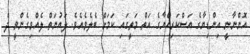
އޮންނާނީ އިންޑިޔާގެ އަސްކަރިއްޔާގެ އަތް މަތީގައި ކަމަށް ބެލެވެއެވެ. ލައުނަތް ލެއްވިގެންވީ ދެ